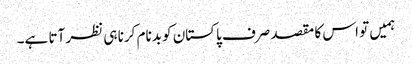
ہمیں تو اس کا مقصد صرف پاکستان کو بدنام کرنا ہی نظر آتا ہے۔